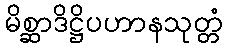
မိစ္ဆာဒိဋ္ဌိပဟာနသုတ္တံ